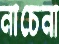
নাচেনা